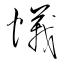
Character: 蟻